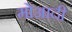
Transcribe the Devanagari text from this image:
मोआदी